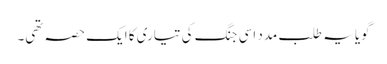
گویا یہ طلب مدد اسی جنگ کی تیاری کا ایک حصہ تھی۔